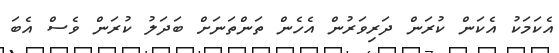
އެކަމަކު އެކަން ކުރަން ދަރިވަރުން އެހެން ތަންތަނަށް ބަދަލު ކުރަން ވެސް އެބަ